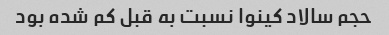
حجم سالاد کینوا نسبت به قبل کم شده بود